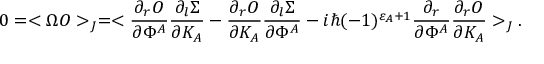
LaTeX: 0 = < \Omega { \cal O } > _ { J } = < { \frac { \partial _ { r } { \cal O } } { \partial \Phi ^ { A } } } { \frac { \partial _ { l } \Sigma } { \partial K _ { A } } } - { \frac { \partial _ { r } { \cal O } } { \partial K _ { A } } } { \frac { \partial _ { l } \Sigma } { \partial \Phi ^ { A } } } - i \hbar ( - 1 ) ^ { \varepsilon _ { A } + 1 } { \frac { \partial _ { r } } { \partial \Phi ^ { A } } } { \frac { \partial _ { r } { \cal O } } { \partial K _ { A } } } > _ { J } .